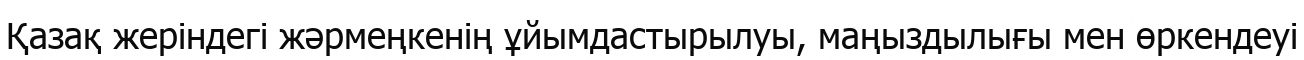
Қазақ жеріндегі жәрмеңкенің ұйымдастырылуы, маңыздылығы мен өркендеуі